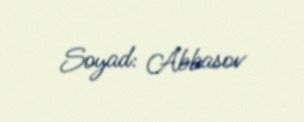
Soyad: Abbasov